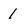
Character: 1